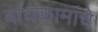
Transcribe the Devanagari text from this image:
बांधकामांचे